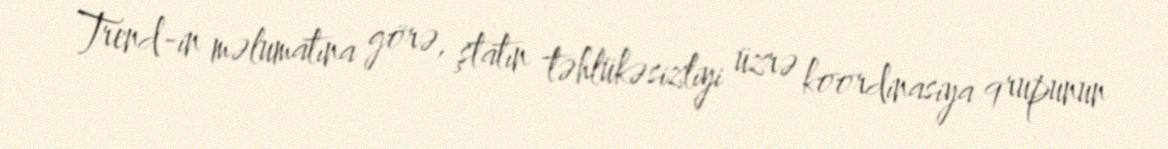
Trend-in məlumatına görə, ştatın təhlükəsizliyi üzrə koordinasiya qrupunun